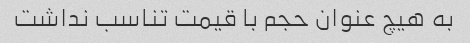
به هیچ عنوان حجم با قیمت تناسب نداشت